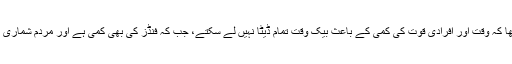
ادارہ شماریات کے سربراہ کا کہنا تھا کہ وقت اور افرادی قوت کی کمی کے باعث بیک وقت تمام ڈیٹا نہیں لے سکتے، جب کہ فنڈز کی بھی کمی ہے اور مردم شماری کے فارمز بھی 10 سال پرانے ہیں۔